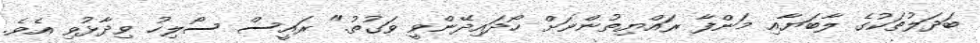
ބަދަލުތަކުގެ ލާބަޔާއި މަންފާ ރައްޔިތުންނަށް ހޯދައިދޭންވީ ވަގުތު." ރައީސް ސޯލިހު ވިދާޅުވި އެވެ.